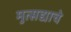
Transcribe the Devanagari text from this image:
मुत्सद्याचे